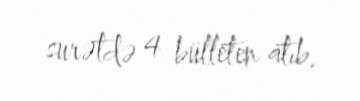
surətdə 4 bülleten atıb.